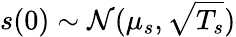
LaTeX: s(0)\sim\mathcal{N}(\mu_{s},\sqrt{T_{s}})